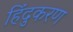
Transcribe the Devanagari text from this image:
हिंदुकरण